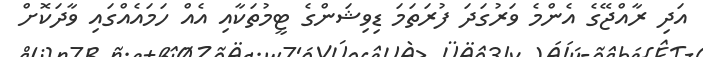
އަދި ރާއްޖޭގެ އެންމެ ވަރުގަދަ ފުރަތަމަ ޑިވިޝަންގެ ޓީމުތަކާއި އެއް ހަމައެއްގައި ވާދަކޮށް